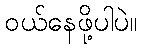
ဝယ်နေဖို့ပါပဲ။